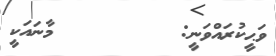
ވަޙީކުރައްވަނީ:         މާނައަކީ